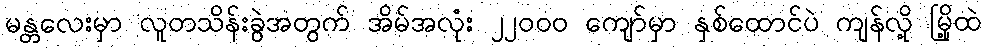
မန္တလေးမှာ လူတသိန်းခွဲအတွက် အိမ်အလုံး ၂၂၀၀၀ ကျော်မှာ နှစ်ထောင်ပဲ ကျန်လို့ မြို့ထဲ